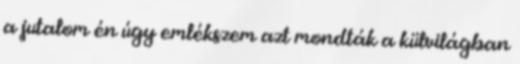
a jutalom én úgy emlékszem azt mondták a külvilágban